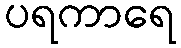
ပရကာရေ